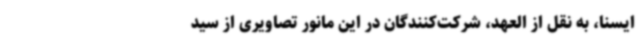
ایسنا، به نقل از العهد،‌ شرکت‌کنندگان در این مانور تصاویری از سید